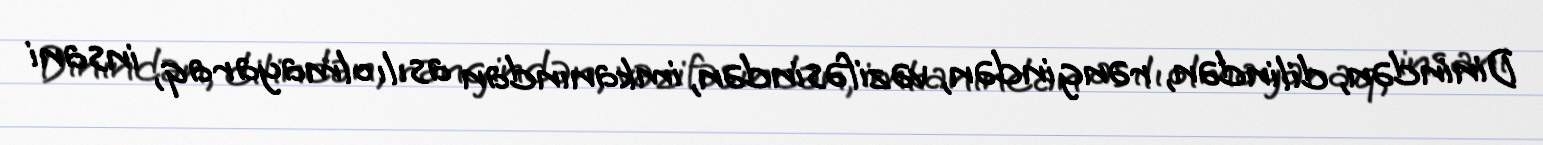
Dinindən, dilindən, rəngindən, vəzifəsindən, imkanından asılı olmayaraq, insani